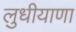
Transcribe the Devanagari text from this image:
लुधीयाणा